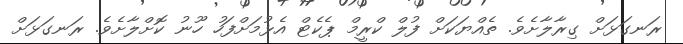
ރަނގަޅަށް ގިރާލާށެވެ. ތެއްޔަކަށް ފުލް ކްރީމް ޕެކެޓް އެޅުމަށްފަހު ހޫނު ކޮށްލާށެވެ. ރަނގަޅަށް